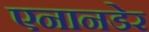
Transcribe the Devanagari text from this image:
एनानडेर